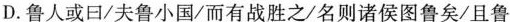
D．鲁人或曰/夫鲁小国/而有战胜之/名则诸侯图鲁矣/且鲁